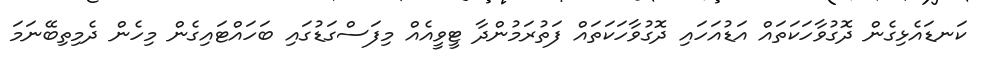
ކަނޑައެޅިގެން ދޮގުވާހަކަތައް އަޑުއަހައި ދޮގުވާހަކަތައް ފަތުރަމުންދާ ޓީވީއެއް މިފަސްގަޑުގައި ބަހައްޓައިގެން މިހެން ދެމިތިބޭނަމަ